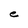
Character: e